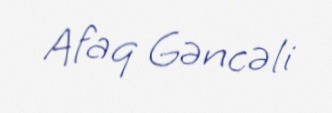
Afaq Gəncəli